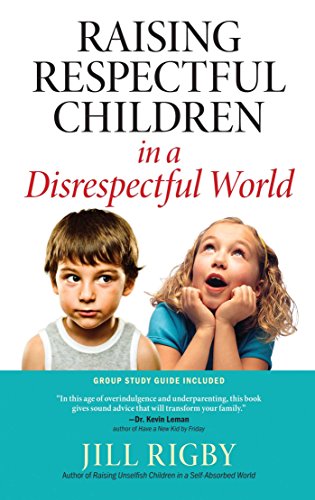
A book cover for Raising Respectful Children in a Disrespectful World; Jill Rigby; Parenting & Relationships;